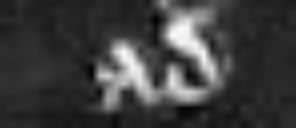
ad